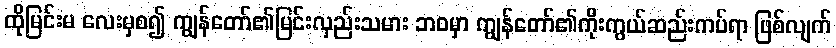
ထိုမြင်းမ လေးမှစ၍ ကျွန်တော်၏မြင်းလှည်းသမား ဘဝမှာ ကျွန်တော်၏ကိုးကွယ်ဆည်းကပ်ရာ ဖြစ်လျက်